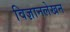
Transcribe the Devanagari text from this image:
विज्ञानलेखन